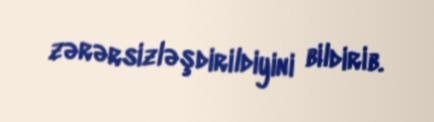
zərərsizləşdirildiyini bildirib.